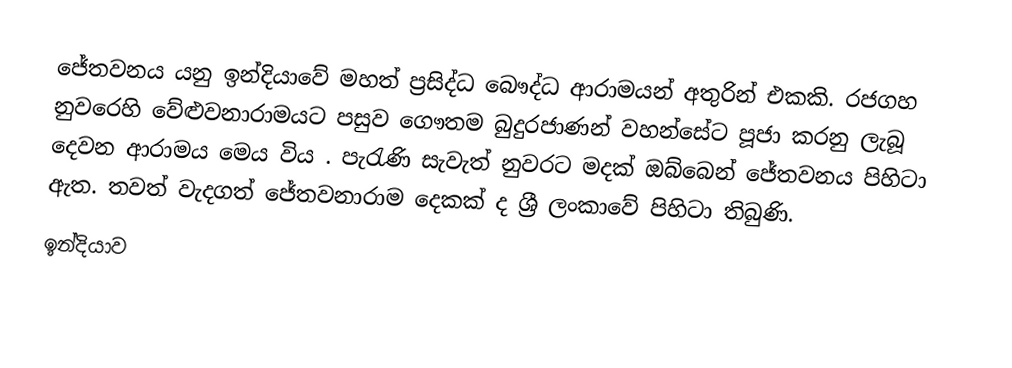
ජේතවනය යනු ඉන්දියාවේ මහත් ප්‍රසිද්ධ බෞද්ධ ආරාමයන් අතුරින් එකකි.  රජගහ නුවරෙහි  වේළුවනාරාමයට පසුව  ගෞතම බුදුරජාණන් වහන්සේට පූජා කරනු ලැබූ දෙවන ආරාමය මෙය විය . පැරැණි  සැවැත් නුවරට මදක් ඔබ්බෙන් ජේතවනය පිහිටා ඇත. තවත් වැදගත් ජේතවනාරාම දෙකක් ද ශ්‍රී ලංකාවේ පිහිටා තිබුණි.
ඉන්දියාව